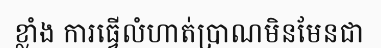
ខ្លាំង ការធ្វើលំហាត់ប្រាណមិនមែនជា